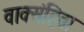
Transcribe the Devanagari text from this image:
वाक्संहिता